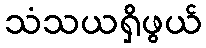
သံသယရှိဖွယ်